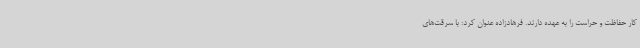
کار حفاظت و حراست را به عهده دارند. فرهادزاده عنوان کرد: با سرقت‌های